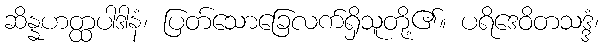
ဆိန္နဟတ္ထပါဒါနံ၊ ပြတ်သောခြေလက်ရှိသူတို့၏။ ပရိဒေဝိတသဒ္ဒံ၊